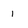
Character: i